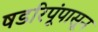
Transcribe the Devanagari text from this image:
षडरिपूंपासून